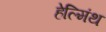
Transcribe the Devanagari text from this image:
हेल्मिंथ